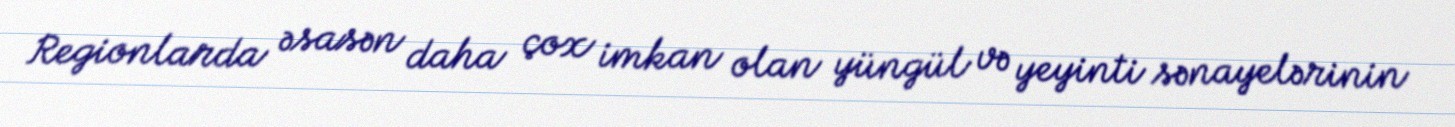
Regionlarda əsasən daha çox imkan olan yüngül və yeyinti sənayelərinin